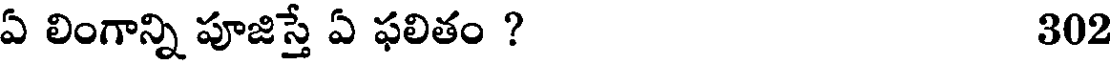
ఏ లింగాన్ని పూజిస్తే ఏ ఫలితం ? 302